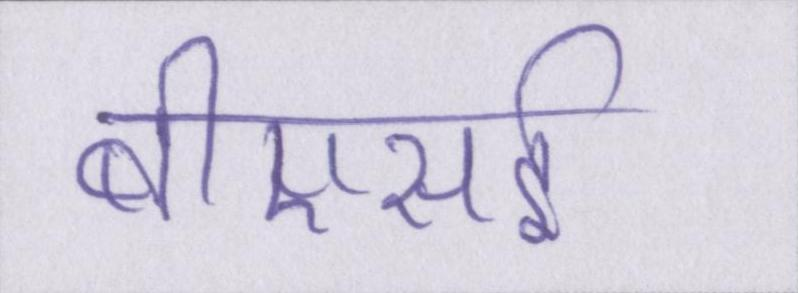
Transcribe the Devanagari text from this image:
बीएसई